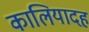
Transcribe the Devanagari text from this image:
कालियादह